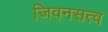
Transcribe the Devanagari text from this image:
जिवनसत्व